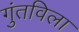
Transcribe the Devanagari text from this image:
गुंतविला